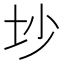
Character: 𱖊